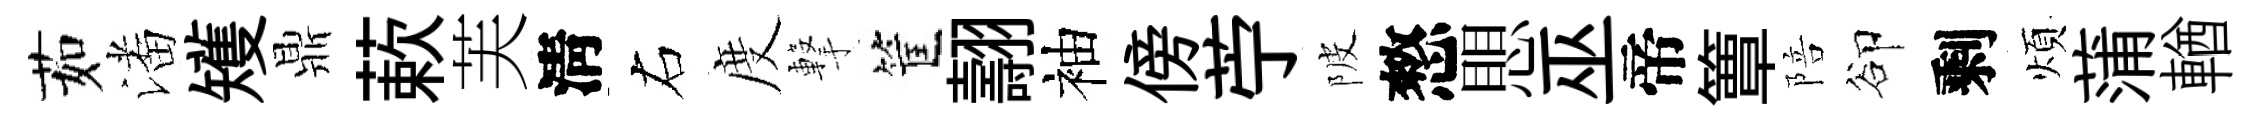
茹潘矱鼎蔌芙淸右度撃筐翿袖傍苧陂憗愳巫帝簟陪卻剩煩蒲輶